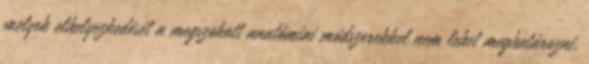
melyek elhelyezkedését a megszokott anatómiai módszerekkel nem lehet meghatározni.